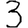
Digit: 3